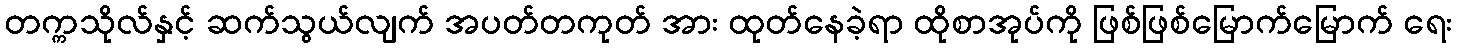
တက္ကသိုလ်နှင့် ဆက်သွယ်လျက် အပတ်တကုတ် အား ထုတ်နေခဲ့ရာ ထိုစာအုပ်ကို ဖြစ်ဖြစ်မြောက်မြောက် ရေး